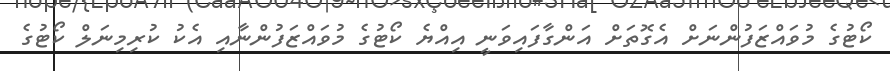
ކޯޓުގެ މުވައްޒަފުންނަށް އެގޮތަށް އަންގާފައިވަނީ އިއްޔެ ކޯޓުގެ މުވައްޒަފުންނާއި އެކު ކުރިމިނަލް ކޯޓުގެ